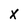
Character: X